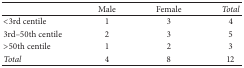
<table><thead><tr><td><b> </b></td><td><b>Male</b></td><td><b>Female</b></td><td><b><i>Total</i></b></td></tr></thead><tbody><tr><td>&lt;3rd centile</td><td>1</td><td>3</td><td>4</td></tr><tr><td>3rd–50th centile</td><td>2</td><td>3</td><td>5</td></tr><tr><td>&gt;50th centile</td><td>1</td><td>2</td><td>3</td></tr><tr><td><i>Total</i></td><td>4</td><td>8</td><td>12</td></tr></tbody></table>